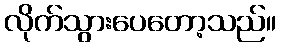
လိုက်သွားပေတော့သည်။